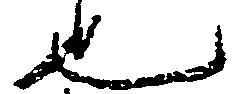
也